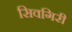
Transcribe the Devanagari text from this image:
सिवगिरी